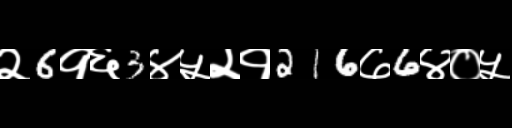
Text: २6१६3४५२१216७6४०५